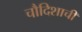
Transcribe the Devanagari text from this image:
चौदिशाची